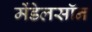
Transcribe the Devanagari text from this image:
मेंडेलसॉन